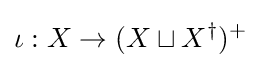
\iota :X\rightarrow (X\sqcup X^{\dagger })^{+}